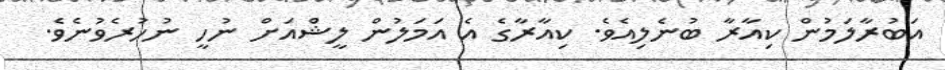
އަބުރާލަމުން ކިއާރާ ބުނެލިއެވެ. ކިއާރާގެ އެ އަމަލުން ލީޝްއަށް ނުހީ ނުހުރެވުނެވެ.